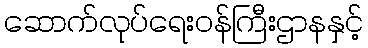
ဆောက်လုပ်ရေးဝန်ကြီးဌာနနှင့်